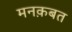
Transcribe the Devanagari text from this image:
मनक़बत